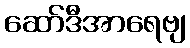
ဆော်ဒီအာရေဗျ